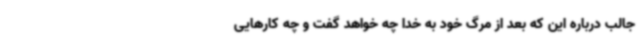
جالب درباره این که بعد از مرگ خود به خدا چه خواهد گفت و چه کارهایی